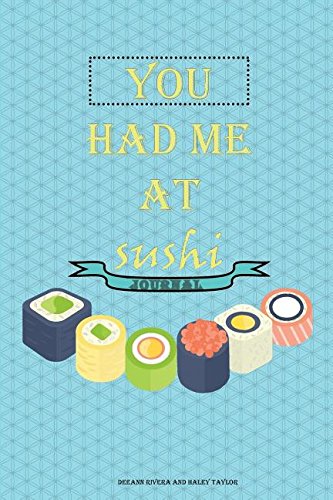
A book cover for Sushi Journal; Deeann Rivera; Self-Help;